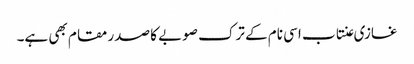
غازی عنتاب اسی نام کے ترک صوبے کا صدر مقام بھی ہے۔